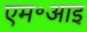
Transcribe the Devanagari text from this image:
एम॰आइ